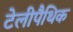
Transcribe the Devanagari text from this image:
टेलीपैथिक